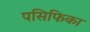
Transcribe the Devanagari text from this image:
पसिफिका